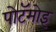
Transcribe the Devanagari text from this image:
पोटॅमोइ